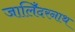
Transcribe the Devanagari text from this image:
जालिँदरनाथ